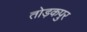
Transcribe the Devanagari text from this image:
तोड़कपुर